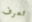
تعرف